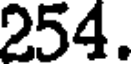
254.